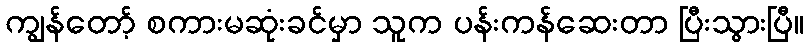
ကျွန်တော့် စကားမဆုံးခင်မှာ သူက ပန်းကန်ဆေးတာ ပြီးသွားပြီ။